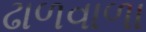
ઢાળવાળા